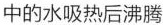
中的水吸热后沸腾